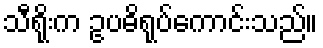
သီရိုးက ဥပဓိရုပ်ကောင်းသည်။